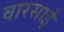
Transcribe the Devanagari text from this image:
वारसाई